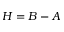
H = B - A